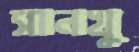
সানখু